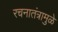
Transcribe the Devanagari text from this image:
रचनातंत्रामुळे